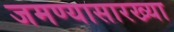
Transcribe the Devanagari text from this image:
जमण्यासारख्या